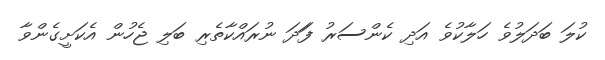
ކުލަ ބަދަލުވެ ހަލާކުވެ އަދި ކެންސަރު ފަަދަ ނުރައްކާތެރި ބަލި ޖެހުން އެކަށީގެންވާ